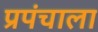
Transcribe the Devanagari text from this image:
प्रपंचाला